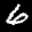
Label: 6